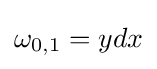
\omega _{0,1}=ydx